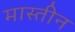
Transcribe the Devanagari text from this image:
मास्तीन